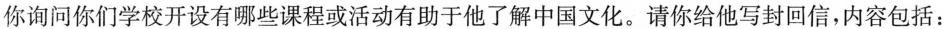
你询问你们学校开设有哪些课程或活动有助于他了解中国文化。请你给他写封回信，内容包括：